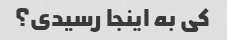
کی به اینجا رسیدی؟